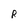
Character: R